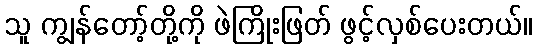
သူ ကျွန်တော့်တို့ကို ဖဲကြိုးဖြတ် ဖွင့်လှစ်ပေးတယ်။